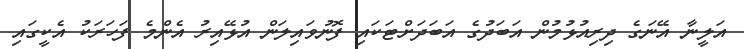
އަލީނާ އޭނަގެ ދިރިއުޅުމުން އަބަދުގެ އަބަދަށްޓަކައި ފޮނުވައިލަން އުޅޭއިރު އެންމެ ފަހަރަކު އެކީގައި